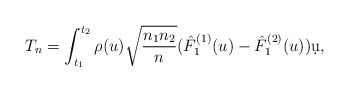
\begin{align*} T_n= \int_{t_1}^{t_2} \rho(u) \sqrt{ \frac{n_1 n_2}{n} }(\hat F^{(1)}_{1}(u) - \hat F^{(2)}_{1}(u)) \d u,\end{align*}